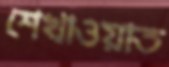
শেখাওয়াত